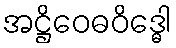
အဋ္ဌိဝေဓဝိဒ္ဓေါ